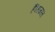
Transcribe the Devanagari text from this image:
हैं।हजरत